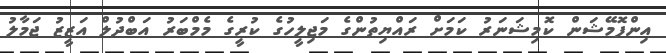
އިންފޮމޭޝަން ކޮމިޝަނަރު ކަމަށް ރައްޔިތުންގެ މަޖިލީހުގެ ކުރީގެ މެމްބަރު އަބްދުލް އަޒީޒު ޖަމާލު